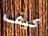
كيف